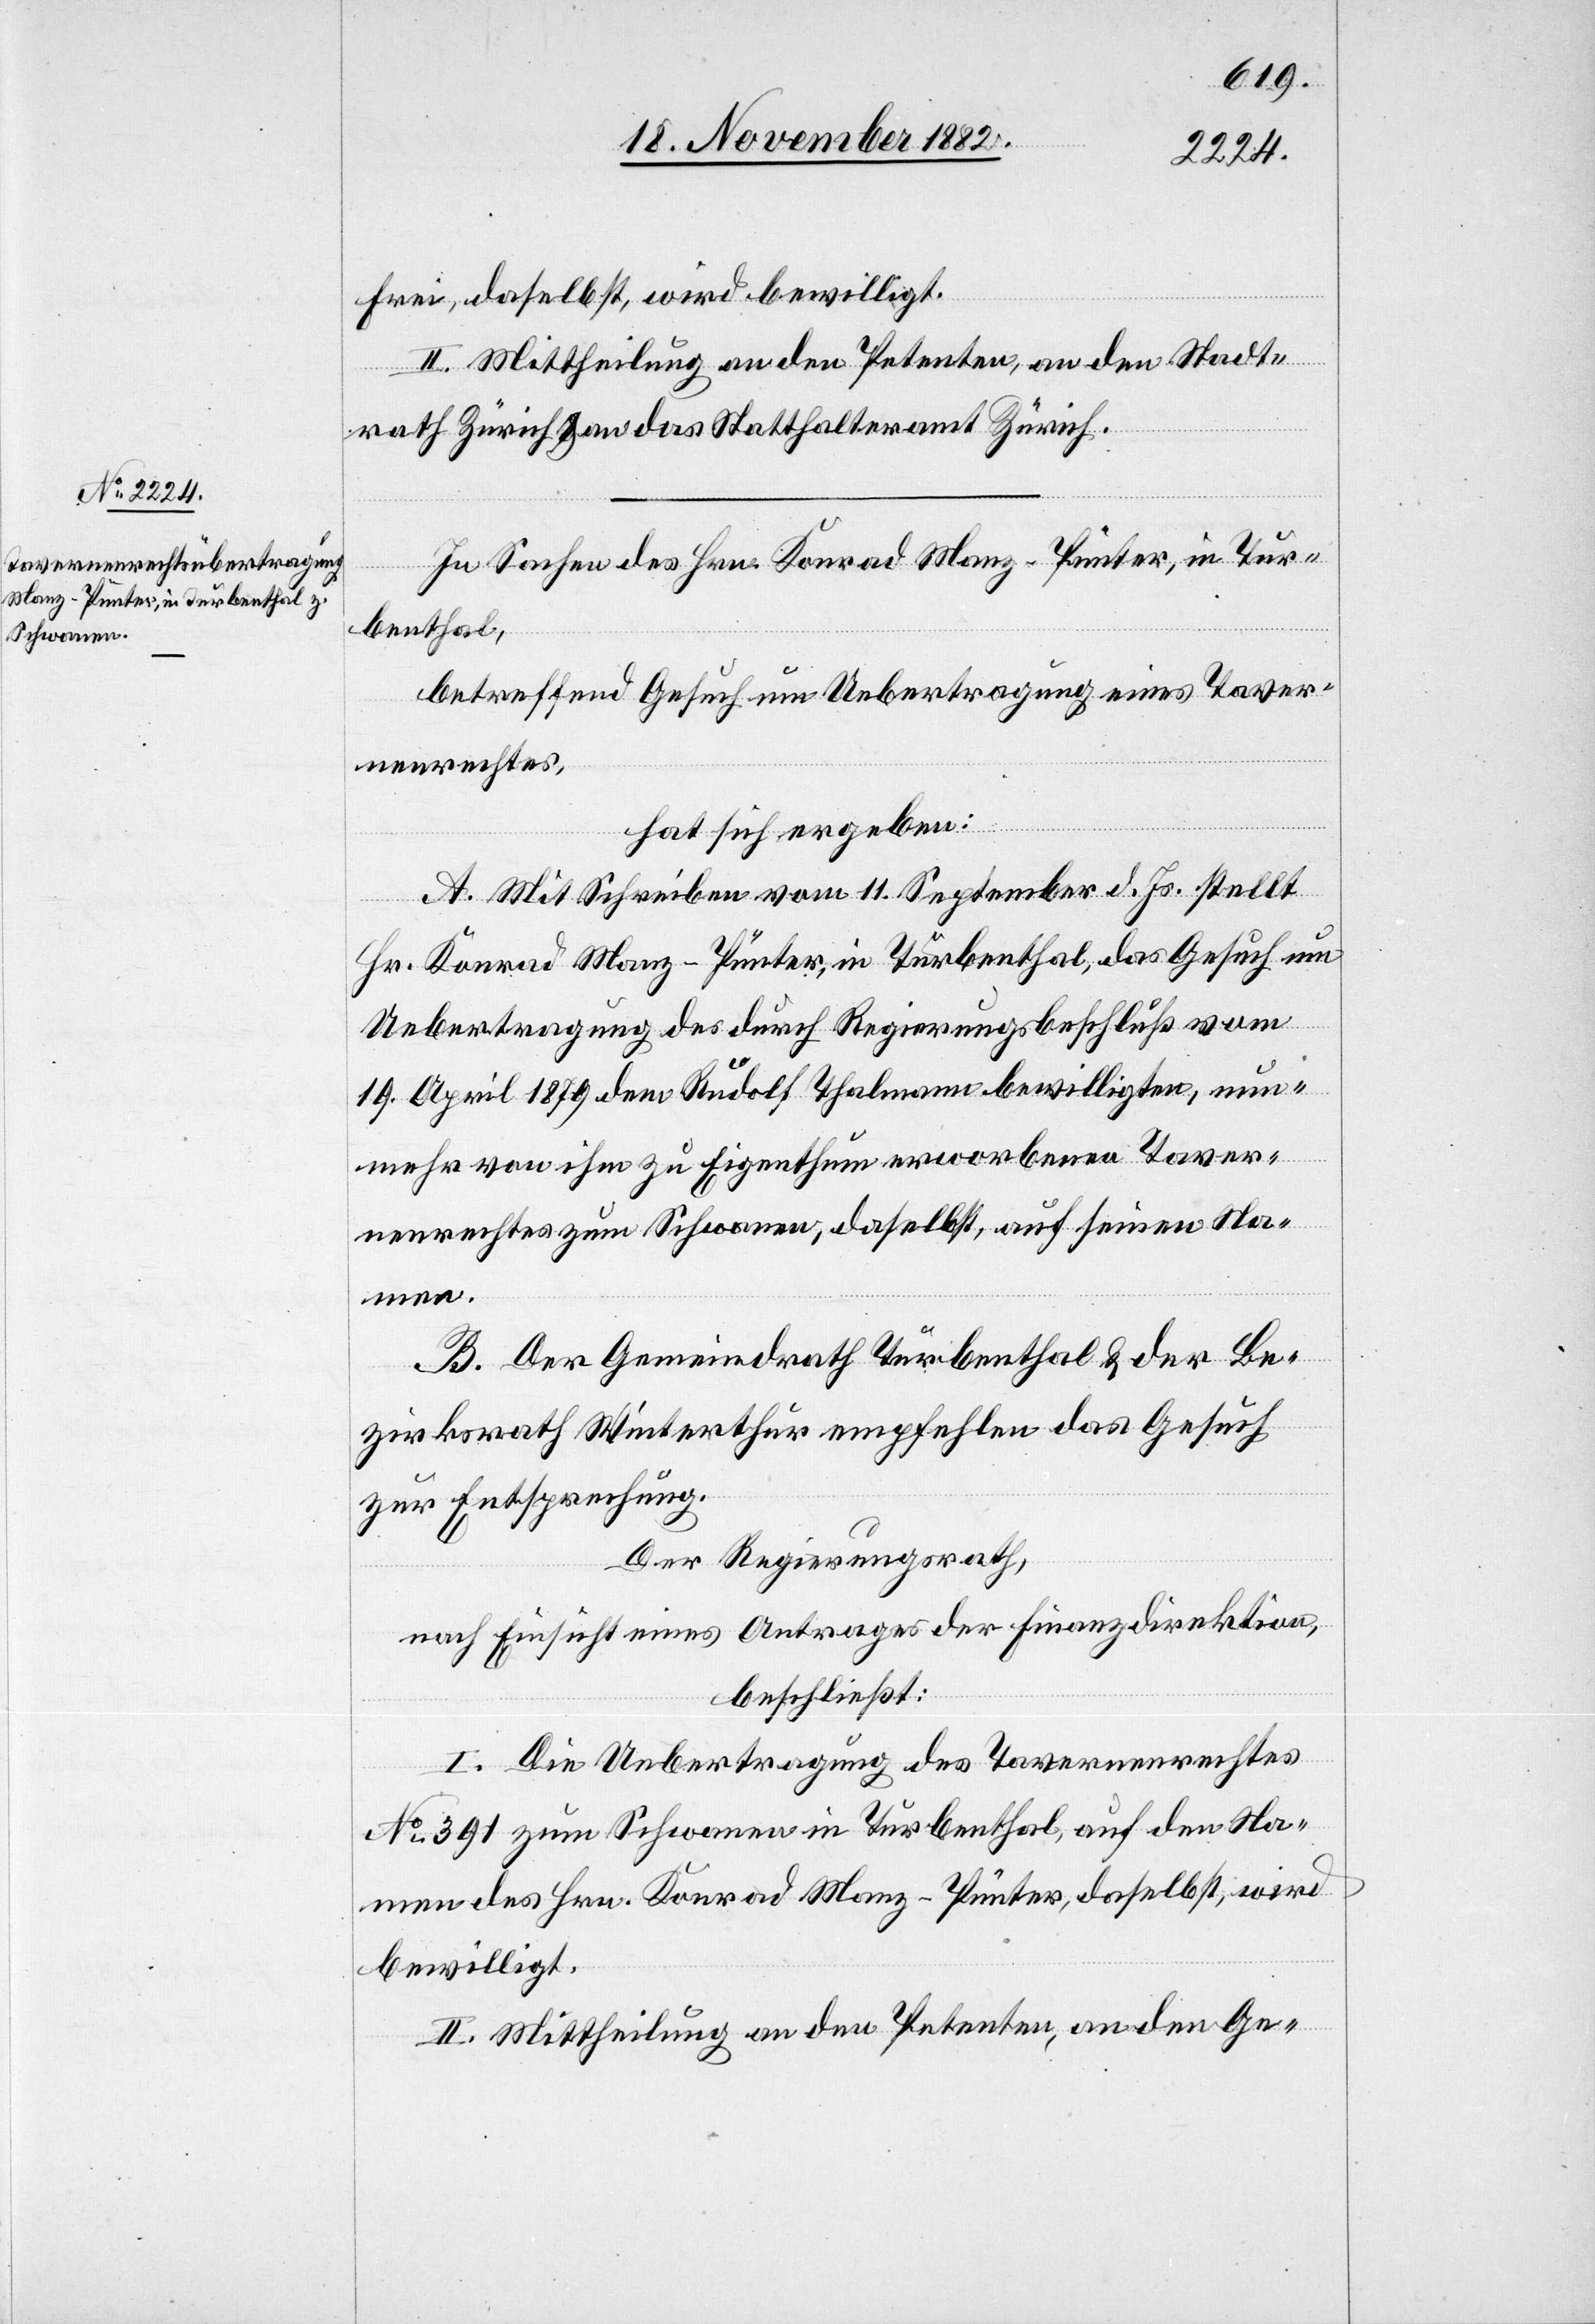
Frei, daselbst, wird bewilligt.
II. Mittheilung an den Petenten, an den Stadt¬
rath Zürich & an das Statthalteramt Zürich.
In Sachen des Hrn. Konrad Manz-Pünter, in Tur¬
benthal,
betreffend Gesuch um Uebertragung eines Taver¬
nenrechtes,
hat sich ergeben:
A. Mit Schreiben vom 11. September d. Js. stellt
Hr. Konrad Manz-Pünter, in Turbenthal, das Gesuch um
Uebertragung des durch Regierungsbeschluß vom
19. April 1879 dem Rudolf Thalmann bewilligten, nun¬
mehr von ihm zu Eigenthum erworbenen Taver¬
nenrechtes zum Schwanen, daselbst, auf seinen Na¬
men.
B. Der Gemeindrath Turbenthal & der Be¬
zirksrath Winterthur empfehlen das Gesuch
zur Entsprechung.
Der Regierungsrath,
nach Einsicht eines Antrages der Finanzdirektion,
beschließt:
I. Die Uebertragung des Tavernenrechtes
No 391 zum Schwanen in Turbenthal, auf den Na¬
men des Hrn. Kronrad Manz-Pünter, daselbst, wird
bewilligt.
II. Mittheilung an den Petenten, an den Ge-